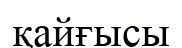
қайғысы